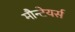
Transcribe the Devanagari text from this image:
मौन्टेयर्स